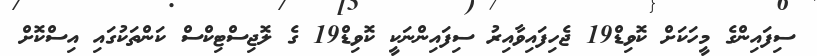
ސިފައިންގެ މީހަކަށް ކޮވިޑް19 ޖެހިފައިވާއިރު ސިފައިންނަކީ ކޮވިޑް19 ގެ ލޮޖިސްޓިކްސް ކަންތަކުގައި އިސްކޮށް